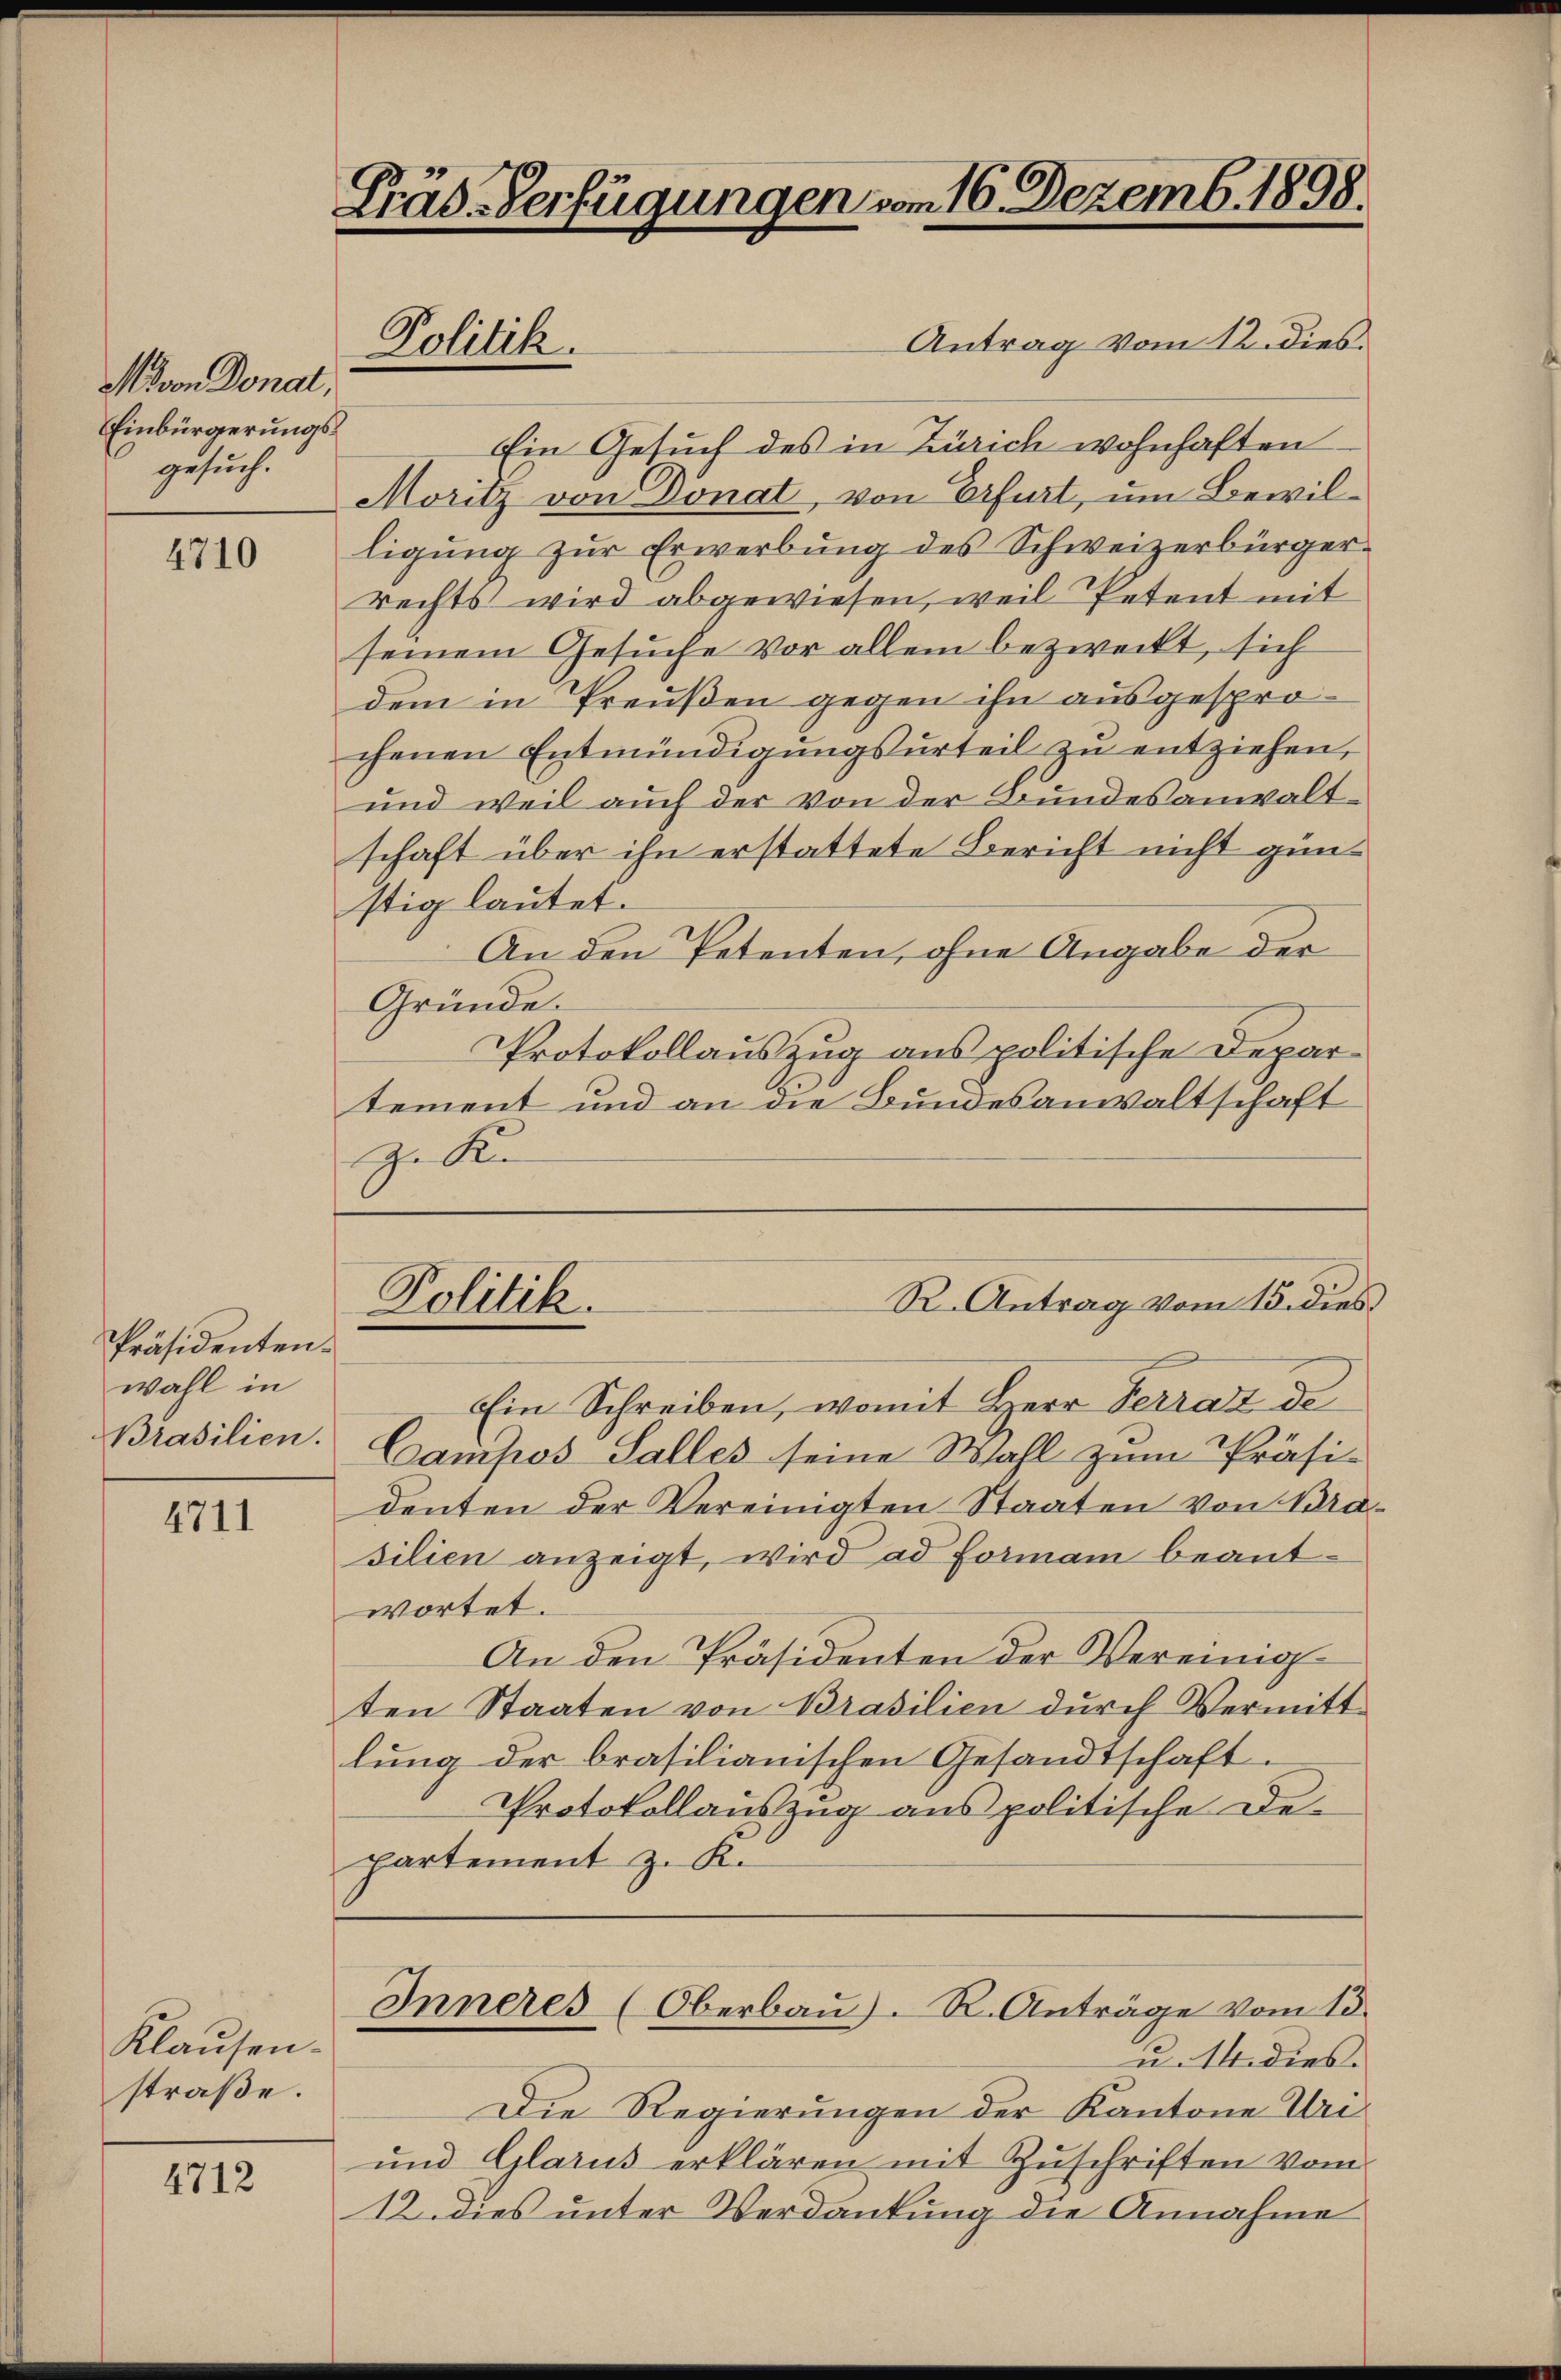
Movon Donat
Einbürgerungsgesuch.

4710

Präsidenten.
wahl in
Brasilien.

4711

Klausen.
straße.

4712

Präd-Verfügungen vom 16. Dezemb. 1898.

Antrag vom 12. dies
Ein Gesuch des in Zürich wohnhaften
Moritz von Donat, von Erfurt, um Bewilligung zur Erwerbung des Schweizerbürgerrechts wird abgewiesen, weil Petent mit
seinem Gesuche vor allem bezweckt, sich
dem in Preußen gegen ihn ausgesprochenen Entmündigungsurteil zu entziehen,
und weil auch der von der Bundesanwaltschaft über ihn erstattete Bericht nicht günstig lautet.
An den Petenten, ohne Angabe der
Gründe.
Protokollauszug aus politische Depar-
tement und an die Bundesanwaltschaft
J. Ke

Politik.

R. Antrag vom 15. dies
Politik.

Ein Schreiben, womit Herr Ferrat de
Campos Salles seine Wahl zum Präsi-
denten der Vereinigten Staaten von Bra-
silien anzeigt, wird ad Forman beantwortet.
An den Präsidenten der Vereinig
ten Staaten von Brasilien durch Vermitt
lung der brasilianischen Gesandtschaft.
Protokollauszug aus politische De-
partement z. K.
Inneres (Oberbau). R. Anträge vom 18.
u. dies.
Die Regierungen der Kantone Uri
und Glarus erklären mit Zuschriften vom
12. dies unter Verdankung die Annahme